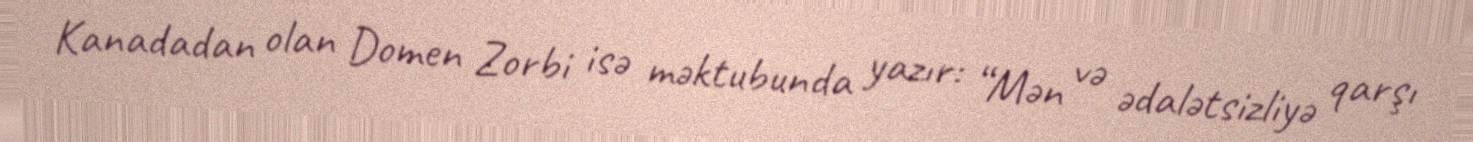
Kanadadan olan Domen Zorbi isə məktubunda yazır: “Mən və ədalətsizliyə qarşı